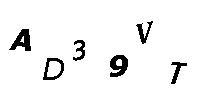
AD39VT